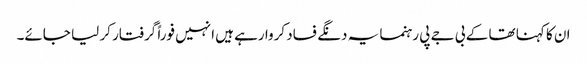
ان کا کہنا تھا کے بی جے پی رہنما یہ دنگے فساد کروا رہے ہیں انہیں فوراً گرفتار کر لیا جائے۔